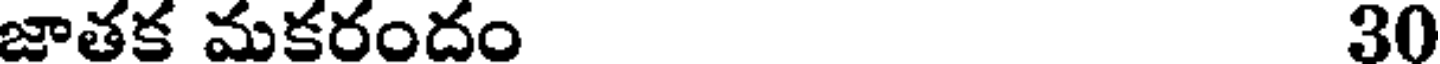
జాతక మకరందం 30